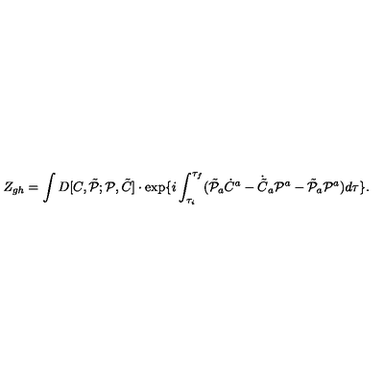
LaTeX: Z _ { g h } = \int D [ C , \tilde { \cal P } ; { \cal P } , \tilde { C } ] \cdot \exp \{ i \int _ { \tau _ { i } } ^ { \tau _ { f } } ( \tilde { \cal P } _ { a } \dot { C } ^ { a } - \dot { \tilde { C } } _ { a } { \cal P } ^ { a } - \tilde { \cal P } _ { a } { \cal P } ^ { a } ) d \tau \} .